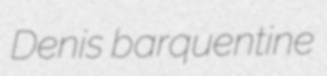
Denis barquentine